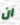
ان